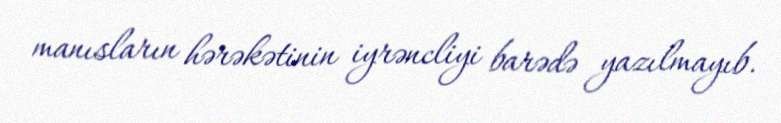
manısların hərəkətinin iyrəncliyi barədə yazılmayıb.